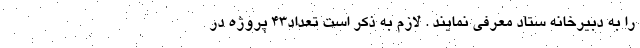
را به دبیرخانه ستاد معرفی نمایند . لازم به ذکر است تعداد43 پروژه در